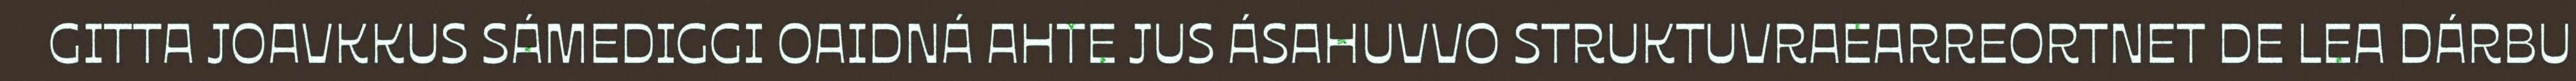
GITTA JOAVKKUS SÁMEDIGGI OAIDNÁ AHTE JUS ÁSAHUVVO STRUKTUVRAEARREORTNET DE LEA DÁRBU